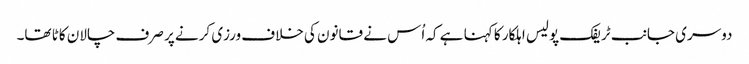
دوسری جانب ٹریفک پولیس اہلکار کا کہنا ہے کہ اُس نے قانون کی خلاف ورزی کرنے پر صرف چالان کاٹا تھا۔